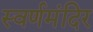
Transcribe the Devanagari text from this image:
स्वर्णमंदिर